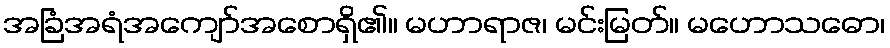
အခြံအရံအကျော်အစောရှိ၏။ မဟာရာဇ၊ မင်းမြတ်။ မဟောသဓော၊